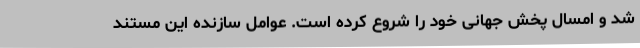
شد و امسال پخش جهانی خود را شروع کرده است. عوامل سازنده این مستند